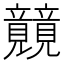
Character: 𰩫